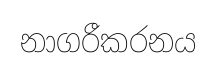
නාගරීකරනය